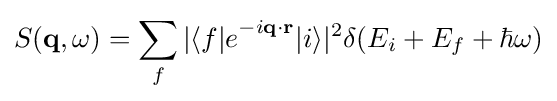
S(\mathbf {q} ,\omega )=\sum _{f}|{\mathrm {\langle } {f}|{e}}^{-i\mathbf {q} \cdot \mathbf {r} }|i\rangle |^{2}\delta (E_{i}+E_{f}+\hbar \omega )